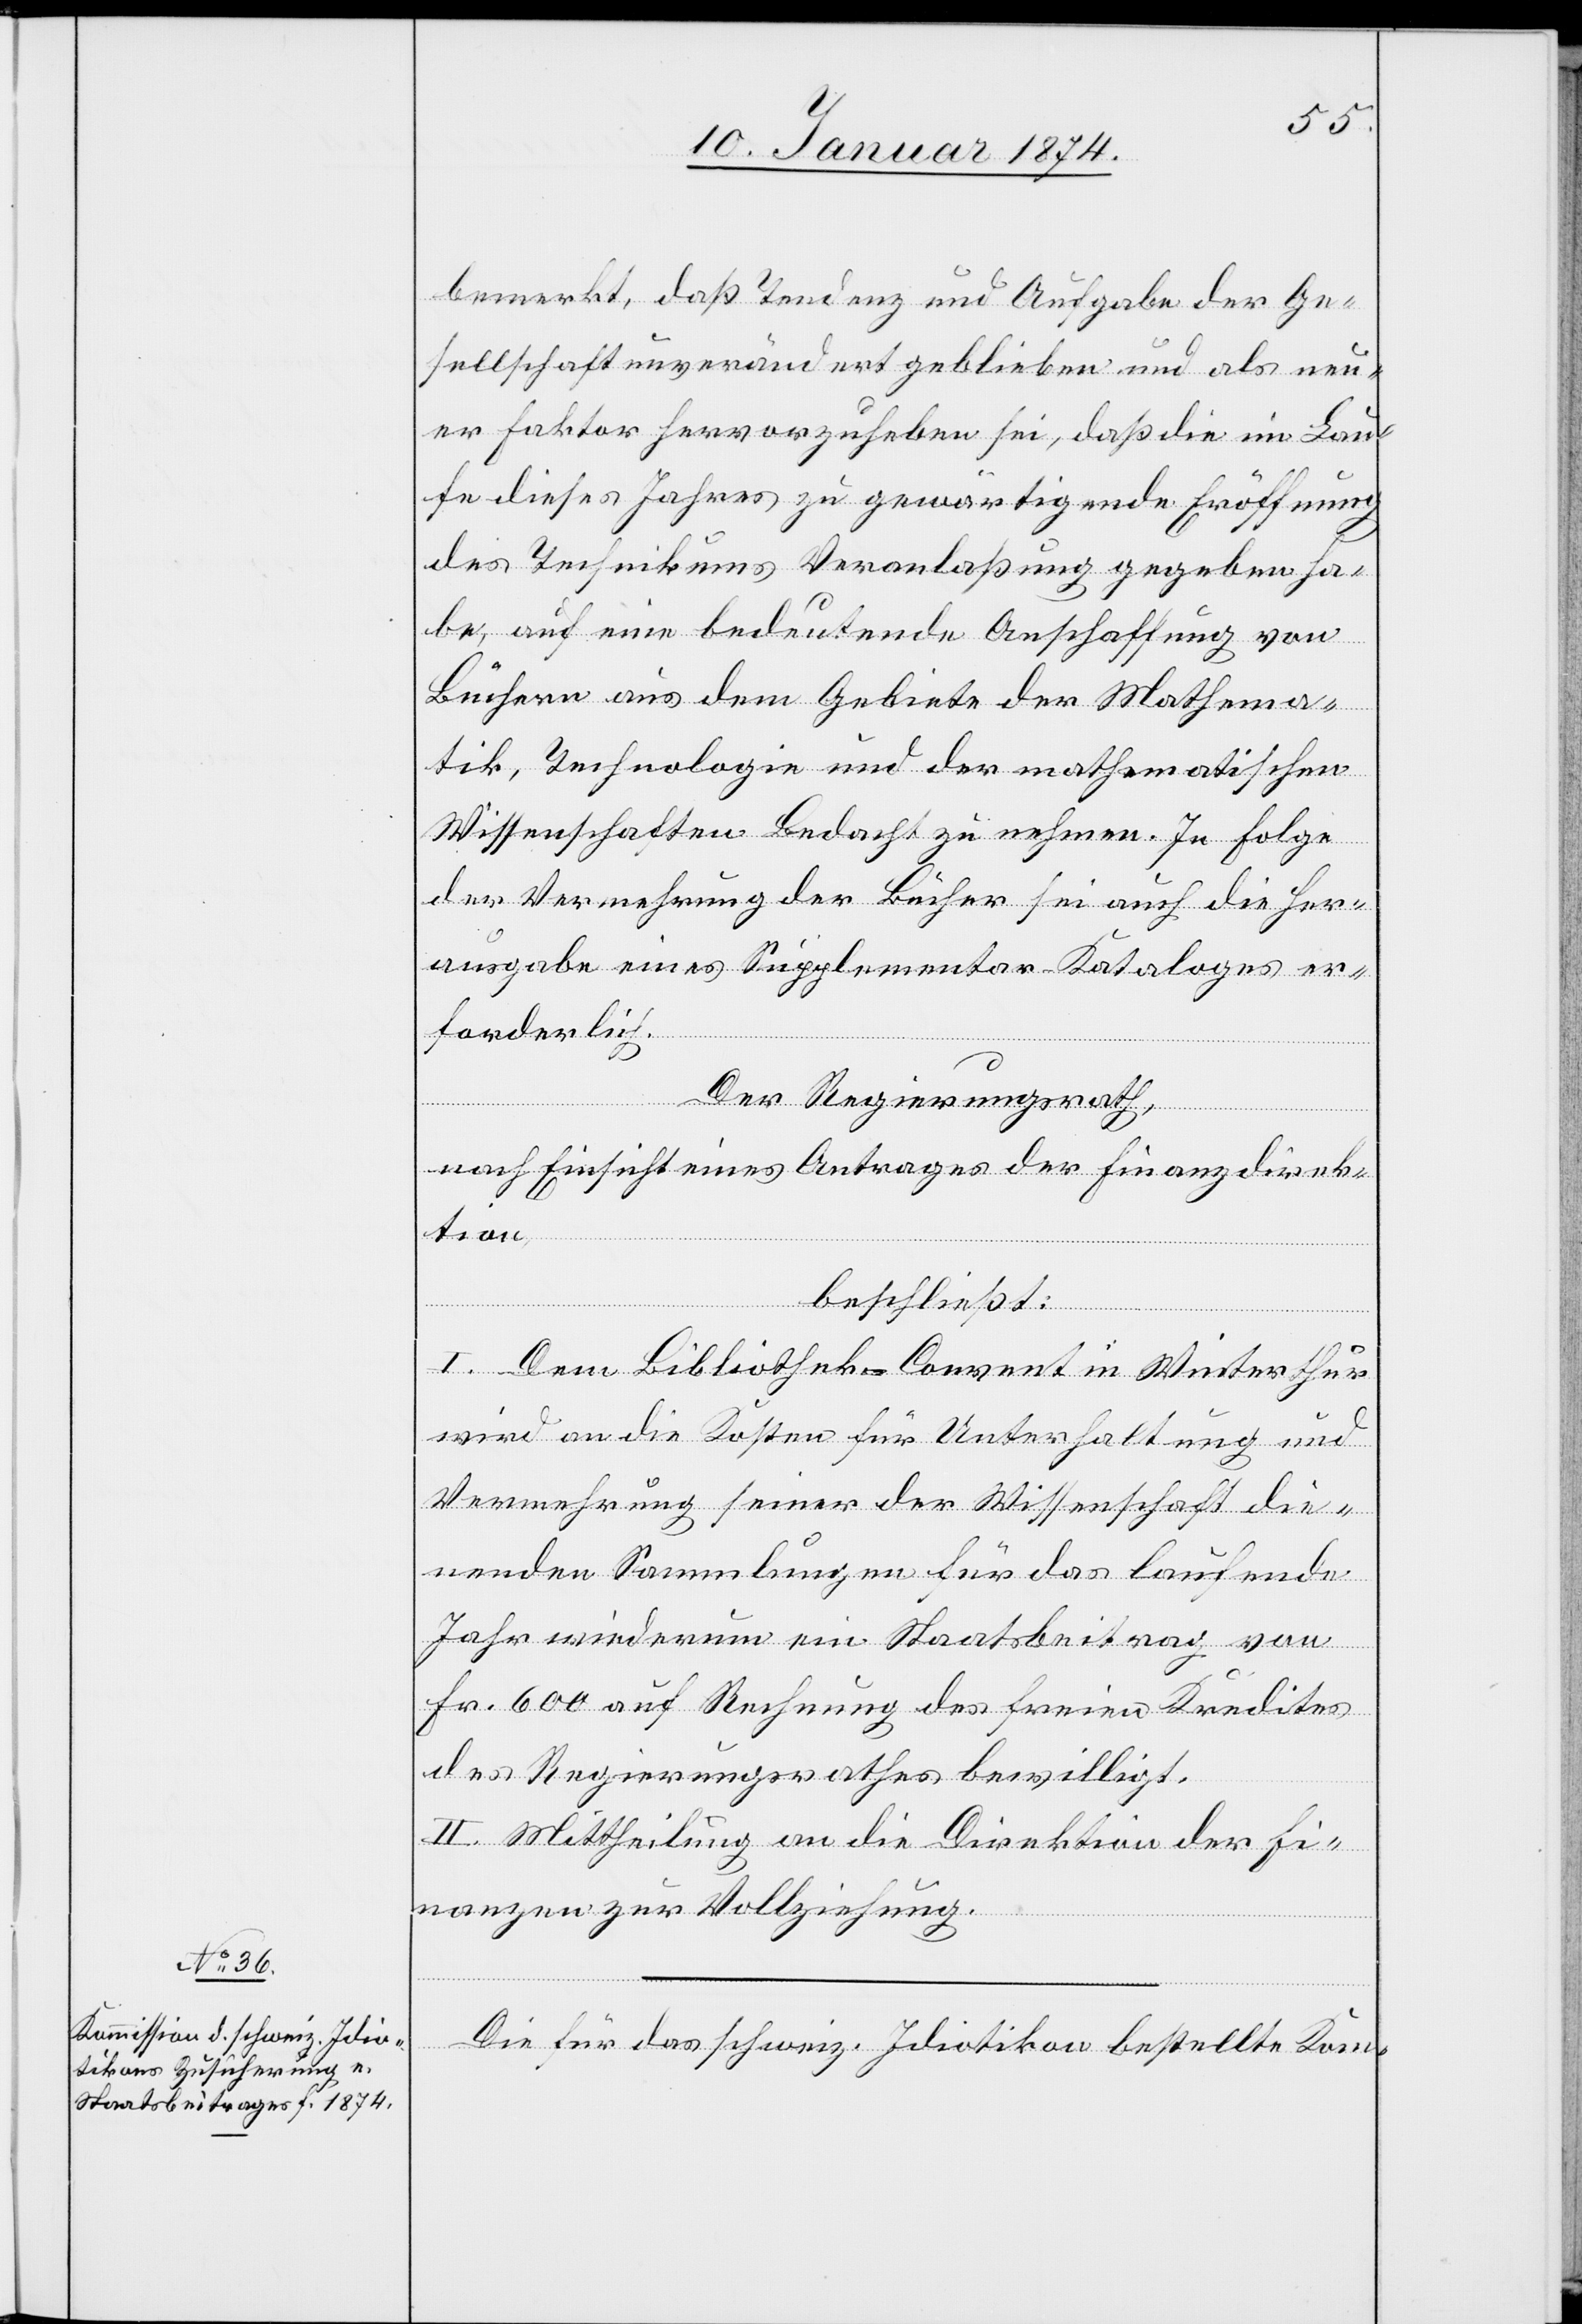
bemerkt, daß Tendenz und Aufgabe der Ge¬
sellschaft unverändert geblieben und als neu¬
er Faktor hervorzuheben sei, daß die im Hau¬
se dieses Jahres zu gewärtigende Eröffnung
des Technikums Veranlaßung gegeben ha¬
be, auf eine bedeutende Anschaffung von
Büchern aus dem Gebiete der Mathema¬
tik, Technologie und der mathematischen
Wissenschaften Bedacht zu nehmen. In Folge
der Vermehrung der Bücher sei auch die Her¬
ausgabe eines Supplementar-Kataloges er¬
forderlich.
Der Regierungsrath,
nach Einsicht eines Antrages der Finanzdirek¬
tion,
beschließt:
I. Dem Bibliothek-Convent in Winterthur
wird an die Kosten für Unterhaltung und
Vermehrung seiner der Wissenschaft die¬
nenden Sammlungen für das laufende
Jahr wiederum ein Staatsbeitrag von
Fr. 600 auf Rechnung des freien Kredites
des Regierungsrathes bewilligt.
II. Mittheilung an die Direktion der Fi¬
nanzen zur Vollziehung.
Die für das schweiz. Idiotikon bestellte Kom-